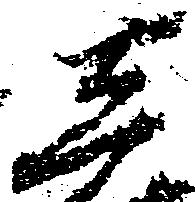
し